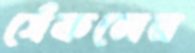
সেঁকলেম